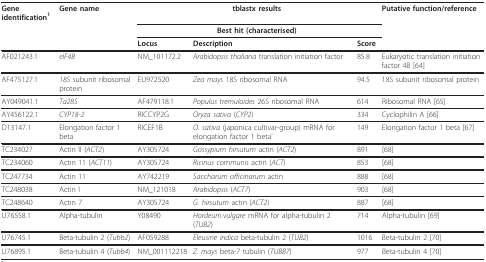
<table><thead><tr><td><b>Gene identification<sup>1</sup></b></td><td><b>Gene name</b></td><td colspan="3"><b>tblastx results</b></td><td><b>Putative function/reference</b></td></tr><tr><td></td><td></td><td colspan="3"><b>Best hit (characterised)</b></td><td></td></tr><tr><td></td><td></td><td><b>Locus</b></td><td><b>Description</b></td><td><b>Score</b></td><td></td></tr></thead><tbody><tr><td>AF021243.1</td><td><i>eIF4B</i></td><td>NM_101172.2</td><td><i>Arabidopsis thaliana </i>translation initiation factor</td><td>85.8</td><td>Eukaryotic translation initiation factor 4B [64]</td></tr><tr><td>AF475127.1</td><td><i>18S </i>subunit ribosomal protein</td><td>EU972520</td><td><i>Zea mays </i>18S ribosomal RNA</td><td>94.5</td><td>18S subunit ribosomal protein</td></tr><tr><td>AY049041.1</td><td><i>Ta28S</i></td><td>AF479118.1</td><td><i>Populus tremuloides </i>26S ribosomal RNA</td><td>614</td><td>Ribosomal RNA [65]</td></tr><tr><td>AY456122.1</td><td><i>CYP18-2</i></td><td>RICCYP2G</td><td><i>Oryza sativa </i>(<i>CYP2</i>)</td><td>334</td><td>Cyclophilin A [66]</td></tr><tr><td>D13147.1</td><td>Elongation factor 1 beta</td><td>RICEF1B</td><td><i>O. sativa </i>(japonica cultivar-group) mRNA for elongation factor 1 beta&#x27;</td><td>149</td><td>Elongation factor 1 beta [67]</td></tr><tr><td>TC234027</td><td>Actin II (<i>ACT2</i>)</td><td>AY305724</td><td><i>Gossypium hirsutum </i>actin (<i>ACT2</i>)</td><td>891</td><td>[68]</td></tr><tr><td>TC234060</td><td>Actin 11 (<i>ACT11</i>)</td><td>AY305724</td><td><i>Ricinus communis </i>actin (<i>ACT</i>)</td><td>853</td><td>[68]</td></tr><tr><td>TC247734</td><td>Actin 11</td><td>AY742219</td><td><i>Saccharum officinarum </i>actin</td><td>888</td><td>[68]</td></tr><tr><td>TC248038</td><td>Actin I</td><td>NM_121018</td><td><i>Arabidopsis </i>(<i>ACT7</i>)</td><td>903</td><td>[68]</td></tr><tr><td>TC248640</td><td>Actin 7</td><td>AY305724</td><td><i>G. hirsutum </i>actin (<i>ACT2</i>)</td><td>887</td><td>[68]</td></tr><tr><td>U76558.1</td><td>Alpha-tubulin</td><td>Y08490</td><td><i>Hordeum.vulgare </i>mRNA for alpha-tubulin 2 (<i>TUB2</i>)</td><td>714</td><td>Alpha-tubulin [69]</td></tr><tr><td>U76745.1</td><td>Beta-tubulin 2 (<i>Tubb2</i>)</td><td>AF059288</td><td><i>Eleusine indica </i>beta-tubulin 2 (<i>TUB2</i>)</td><td>1016</td><td>Beta-tubulin 2 [70]</td></tr><tr><td>U76895.1</td><td>Beta-tubulin 4 (<i>Tubb4</i>)</td><td>NM_001112218</td><td><i>Z. mays </i>beta-7 tubulin (<i>TUBB7</i>)</td><td>977</td><td>Beta-tubulin 4 [70]</td></tr></tbody></table>